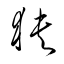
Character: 狹